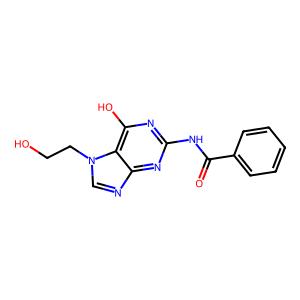
SMILES: O=C(Nc1nc(O)c2c(ncn2CCO)n1)c1ccccc1
Inhibits HIV replication: No